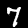
Label: 7